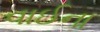
વાઈના